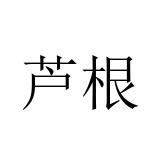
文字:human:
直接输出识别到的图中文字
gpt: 芦根